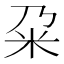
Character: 𫂲